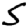
Digit: 5